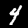
Digit: 4